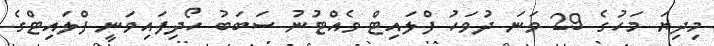
މިދިޔަ މަހުގެ 29 ވަނަ ދުވަހު ފްލައިޓް ވެއްޓުނު ސަބަބު ހޯދިފައިވަނީ ފްލައިޓްގެ